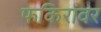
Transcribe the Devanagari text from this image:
फकिरांवर